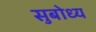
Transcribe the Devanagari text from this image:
सुबोध्य